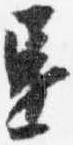
還